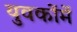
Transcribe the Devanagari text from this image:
युवकोंमें